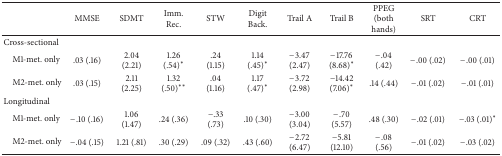
|  | MMSE | SDMT | Imm. Rec. | STW | Digit Back. | Trail A | Trail B | PPEG (both hands) | SRT | CRT |
 | --- | --- | --- | --- | --- | --- | --- | --- | --- | --- | --- |
 | Cross-sectional |  |  |  |  |  |  |  |  |  |  |
 | M1-met. only | .03 (.16) | 2.04 (2.21) | 1.26 (.54)∗ | .24 (1.15) | 1.14 (.45)∗ | −3.47 (2.47) | −17.76 (8.68)∗ | −.04 (.42) | −.00 (.02) | −.00 (.01) |
 | M2-met. only | .03 (.15) | 2.11 (2.25) | 1.32 (.50)∗∗ | .04 (1.16) | 1.17 (.47)∗ | −3.72 (2.98) | −14.42 (7.06)∗ | .14 (.44) | −.01 (.02) | −.01 (.01) |
 | Longitudinal |  |  |  |  |  |  |  |  |  |  |
 | M1-met. only | −.10 (.16) | 1.06 (1.47) | .24 (.36) | −.33 (.73) | .10 (.30) | −3.00 (3.04) | −.70 (5.57) | .48 (.30) | −.02 (.01) | −.03 (.01)∗ |
 | M2-met. only | −.04 (.15) | 1.21 (.81) | .30 (.29) | .09 (.32) | .43 (.60) | −2.72 (6.47) | −5.81 (12.10) | −.08 (.56) | −.01 (.02) | −.03 (.02) |